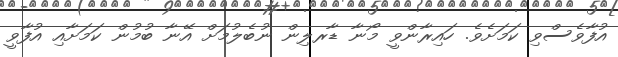
އުފާވެސްވި ކަމަށެވެ. ހައިރާންވީ މޯނާ ޑާރލިން ނުބެލުމަށް އޭނާ ބުމުން ކަމަށާއި އުފާވީ